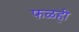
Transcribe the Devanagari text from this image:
फळही